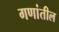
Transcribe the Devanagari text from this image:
गणांतील